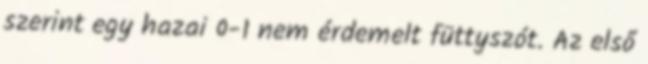
szerint egy hazai 0-1 nem érdemelt füttyszót. Az első